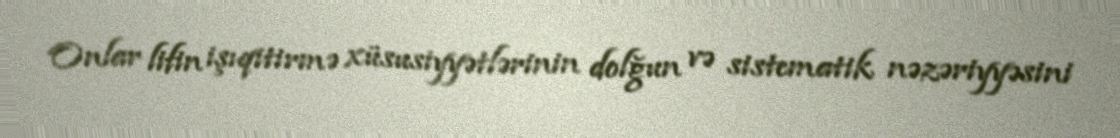
Onlar lifin işıqitirmə xüsusiyyətlərinin dolğun və sistematik nəzəriyyəsini